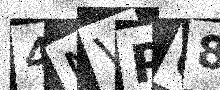
Text: 4NVP08